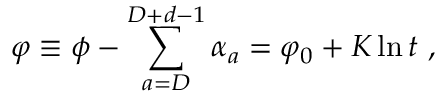
\varphi \equiv \phi - \sum _ { a = D } ^ { D + d - 1 } \alpha _ { a } = \varphi _ { 0 } + { \cal K } \ln t \ ,